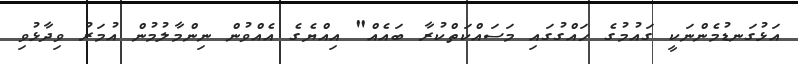
އަޅުގަނޑުމެންނަކީ ގައުމުގެ ހައްގުގައި މަސައްކަތްކުރާ ބައެއް" އިއްޔެގެ އެއްވުން ނިންމާލުމުން އުމަރު ވިދާޅުވި